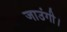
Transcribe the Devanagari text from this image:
जाउंगी।